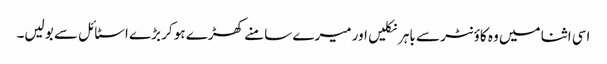
اسی اثنا میں وہ کاؤنٹر سے باہر نکلیں اور میرے سامنے کھڑے ہو کر بڑے اسٹائل سے بولیں۔